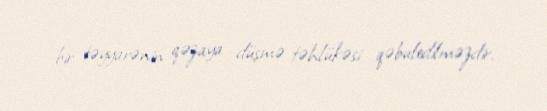
bir təyyarənin qəzaya düşmə təhlükəsi qəbuledilməzdir.